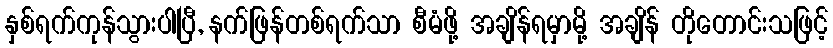
နှစ်ရက်ကုန်သွားပါပြီ, နက်ဖြန်တစ်ရက်သာ စီမံဖို့ အချိန်ရမှာမို့ အချိန် တိုတောင်းသဖြင့်